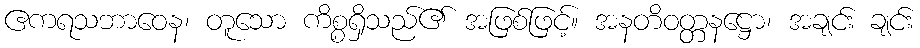
ဧကရသဘာဝေန၊ တူသော ကိစ္စရှိသည်၏ အဖြစ်ဖြင့်။ အနတိဝတ္တနဋ္ဌော၊ အချင်း ချင်း